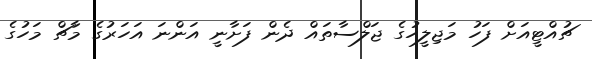
ޗުއްޓީއަށް ފަހު މަޖިލީހުގެ ޖަލްސާތައް ދެން ފަށާނީ އަންނަ އަހަރުގެ މާޗް މަހުގެ